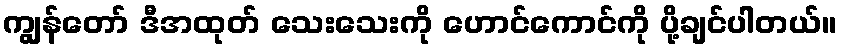
ကျွန်တော် ဒီအထုတ် သေးသေးကို ဟောင်ကောင်ကို ပို့ချင်ပါတယ်။